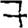
Digit: 7